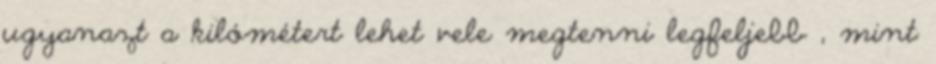
ugyanazt a kilómétert lehet vele megtenni legfeljebb , mint